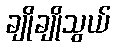
ချိုချိုသွယ်